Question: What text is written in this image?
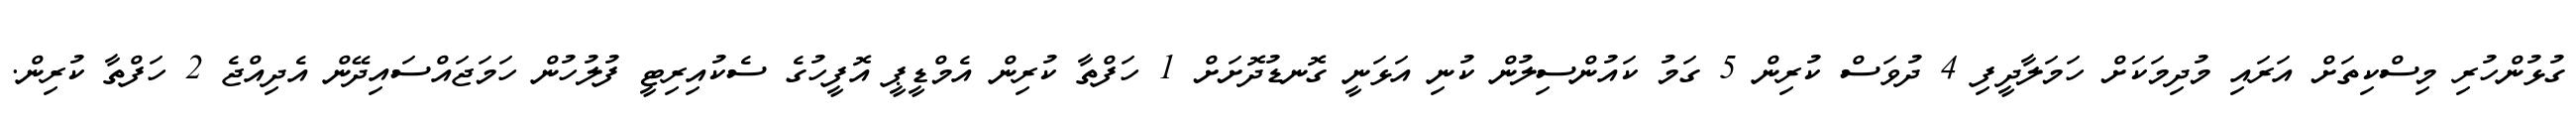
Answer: ގުޅުންހުރި މިސްކިތަށް އަރައި މުދިމަކަށް ހަމަލާދީފި 4 ދުވަސް ކުރިން 5 ގަމު ކައުންސިލުން ކުނި އަޅަނީ ގޮނޑުދޮށަށް 1 ހަފްތާ ކުރިން އެމްޑީޕީ އޮފީހުގެ ސެކުއިރިޓީ ފުލުހުން ހަމަޖައްސައިދޭން އެދިއްޖެ 2 ހަފްތާ ކުރިން.